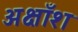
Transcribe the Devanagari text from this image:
अक्षाँश